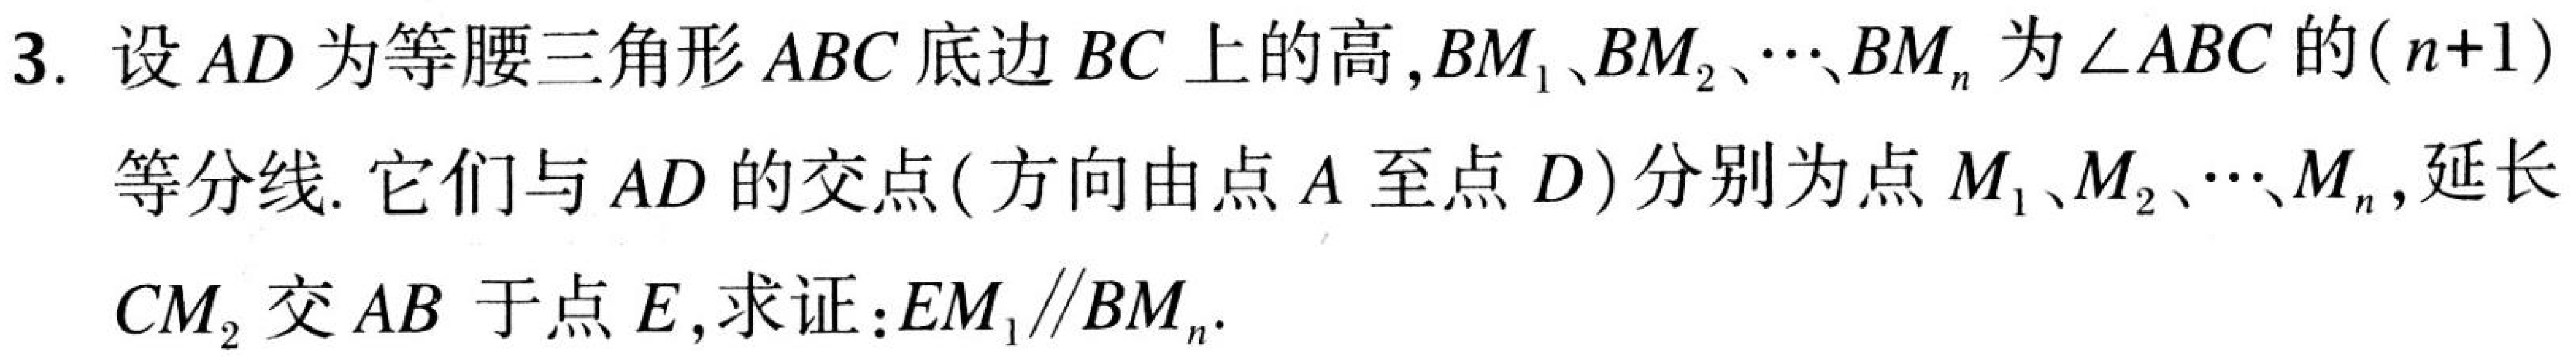
3. 设 \(AD\) 为等腰三角形 \(ABC\) 底边 \(BC\) 上的高，\(BM_{1}\)、\(BM_{2}\)、\(\cdots\)、\(BM_{n}\) 为 \(\angle ABC\) 的\((n + 1)\)等分线. 它们与 \(AD\) 的交点 ( 方向由点 \(A\) 至点 \(D\)) 分别为点 \(M_{1}\)、\(M_{2}\)、\(\cdots\)、\(M_{n}\)，延长 \(CM_{2}\) 交 \(AB\) 于点 \(E\)，求证：\(EM_{1}\parallel BM_{n}\).